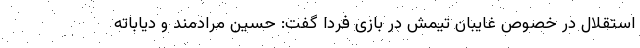
استقلال در خصوص غایبان تیمش در بازی فردا گفت: حسین مرادمند و دیاباته